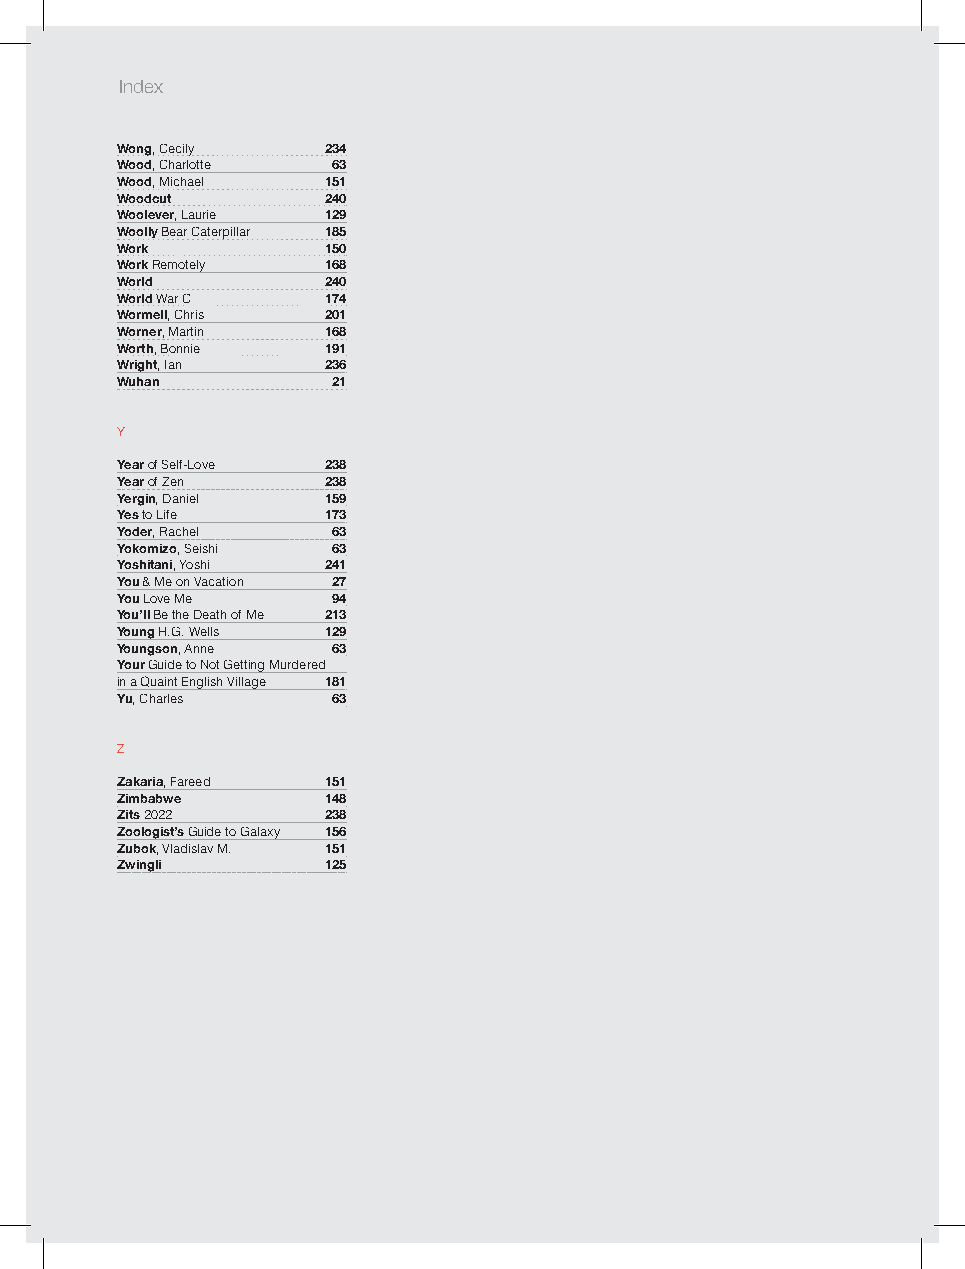
A
 Index
 Wong, Cecily 234
 Wood, Charlotte 63
 Wood, Michael 151
 Woodcut      240
 Woolever, Laurie 129
 Woolly Bear Caterpillar 185
 Work         150
 Work Remotely 168
 World        240
 World War C  174
 Wormell, Chris 201
 Worner, Martin 168
 Worth, Bonnie 191
 Wright, Ian  236
 Wuhan         21
 Y
 Year of Self-Love 238
 Year of Zen  238
 Yergin, Daniel 159
 Yes to Life  173
 Yoder, Rachel 63
 Yokomizo, Seishi 63
 Yoshitani, Yoshi 241
 You & Me on Vacation 27
 You Love Me   94
 You’ll Be the Death of Me 213
 Young H.G. Wells 129
 Youngson, Anne 63
 Your Guide to Not Getting Murdered
 in a Quaint English Village 181
 Yu, Charles   63
 Z
 Zakaria, Fareed 151
 Zimbabwe     148
 Zits 2022    238
 Zoologist’s Guide to Galaxy 156
 Zubok, Vladislav M. 151
 Zwingli      125